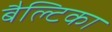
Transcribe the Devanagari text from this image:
बैल्टिका